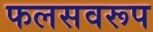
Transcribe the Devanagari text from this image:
फलसवरूप